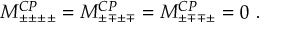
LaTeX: { \cal M } _ { \pm \pm \pm \pm } ^ { C P } = { \cal M } _ { \pm \mp \pm \mp } ^ { C P } = { \cal M } _ { \pm \mp \mp \pm } ^ { C P } = 0 \, \, .